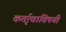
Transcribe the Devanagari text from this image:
कर्तृत्वाविषयी